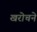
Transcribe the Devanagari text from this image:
खरोचने